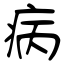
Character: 病